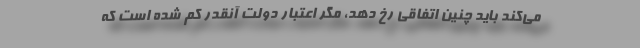
می‌کند باید چنین اتفاقی رخ دهد، مگر اعتبار دولت آنقدر کم شده است که